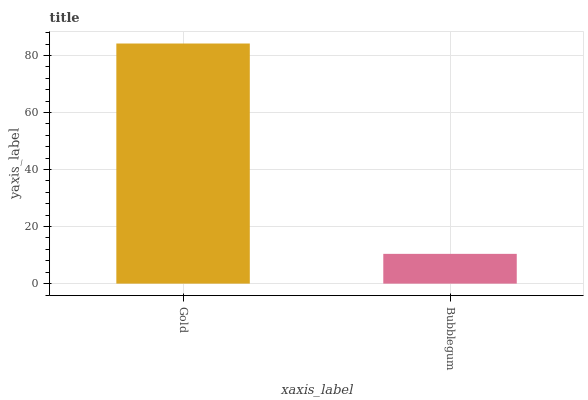
| xaxis_label | bars |
 | --- | --- |
 | Gold | 84.2 |
 | Bubblegum | 10.4 |